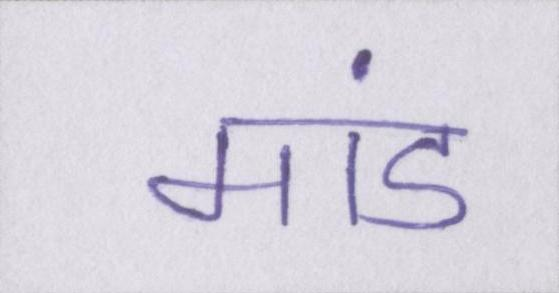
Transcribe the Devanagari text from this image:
मांड